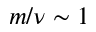
m / \nu \sim 1